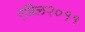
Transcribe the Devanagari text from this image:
एप्रिल२०११